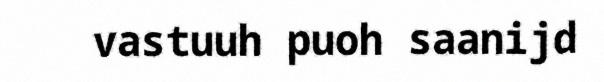
vastuuh puoh saanijd